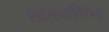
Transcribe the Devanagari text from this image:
शासनाविरुद्ध